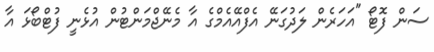
ސަން ފޮޓޯ "އަހަރެން ލަދުގަނޭ އެފްއޭއެމްގެ އާ މެނޭޖްމަންޓުން އުޅެނީ ފުޓްބޯޅަ އާ